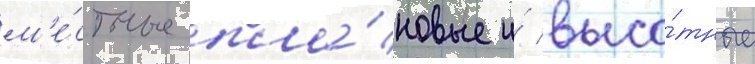
м'е́стные пла́новые и́ высо́тные